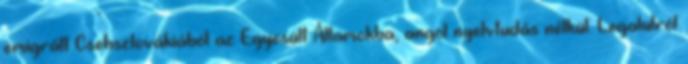
emigrált Csehszlovákiából az Egyesült Államokba, angol nyelvtudás nélkül. Legalulról